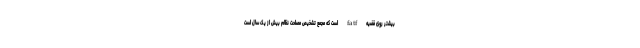
بیشتر روی قضیه fatf است که مجمع تشخیص مصلحت نظام بیش از یک سال است